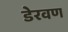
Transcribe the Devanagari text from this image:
डेरवण